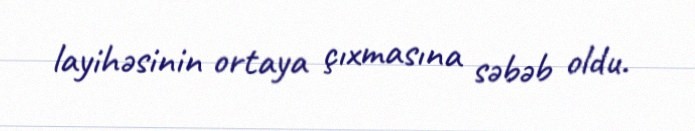
layihəsinin ortaya çıxmasına səbəb oldu.